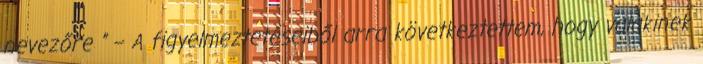
ne­vezőre ” – A figyelmeztetéseiből arra következtettem, hogy vala­kinek